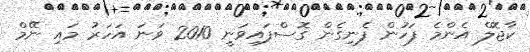
ކާޖޮލް އެންމެ ފަހުން ފެނިގެން ގޮސްފައިވަނީ 2010 ވަނަ އަހަރު މައި ނޭމް